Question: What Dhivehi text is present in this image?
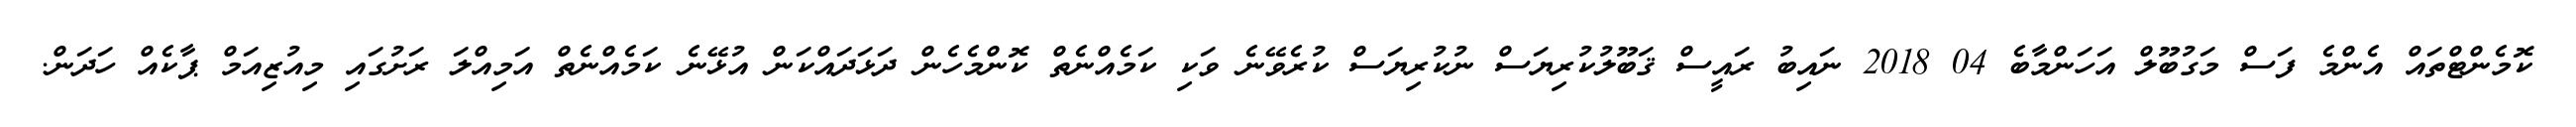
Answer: ކޮމެންޓްތައް އެންމެ ފަސް މަގުބޫލް އަހަންމާބެ 04 2018 ނައިބު ރައީސް ޤަބޫލުކުރިޔަސް ނުކުރިޔަސް ކުރެވޭނެ ވަކި ކަމެއްނެތް ކޮންމެހެން ދަޅަދައްކަން އުޅޭނެ ކަމެއްނެތް އަމިއްލަ ރަށުގައި މިއުޒިއަމް ޕާކެއް ހަދަން.